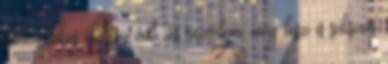
fantasztikus élmény volt, és remélem, még lesz is sokszor